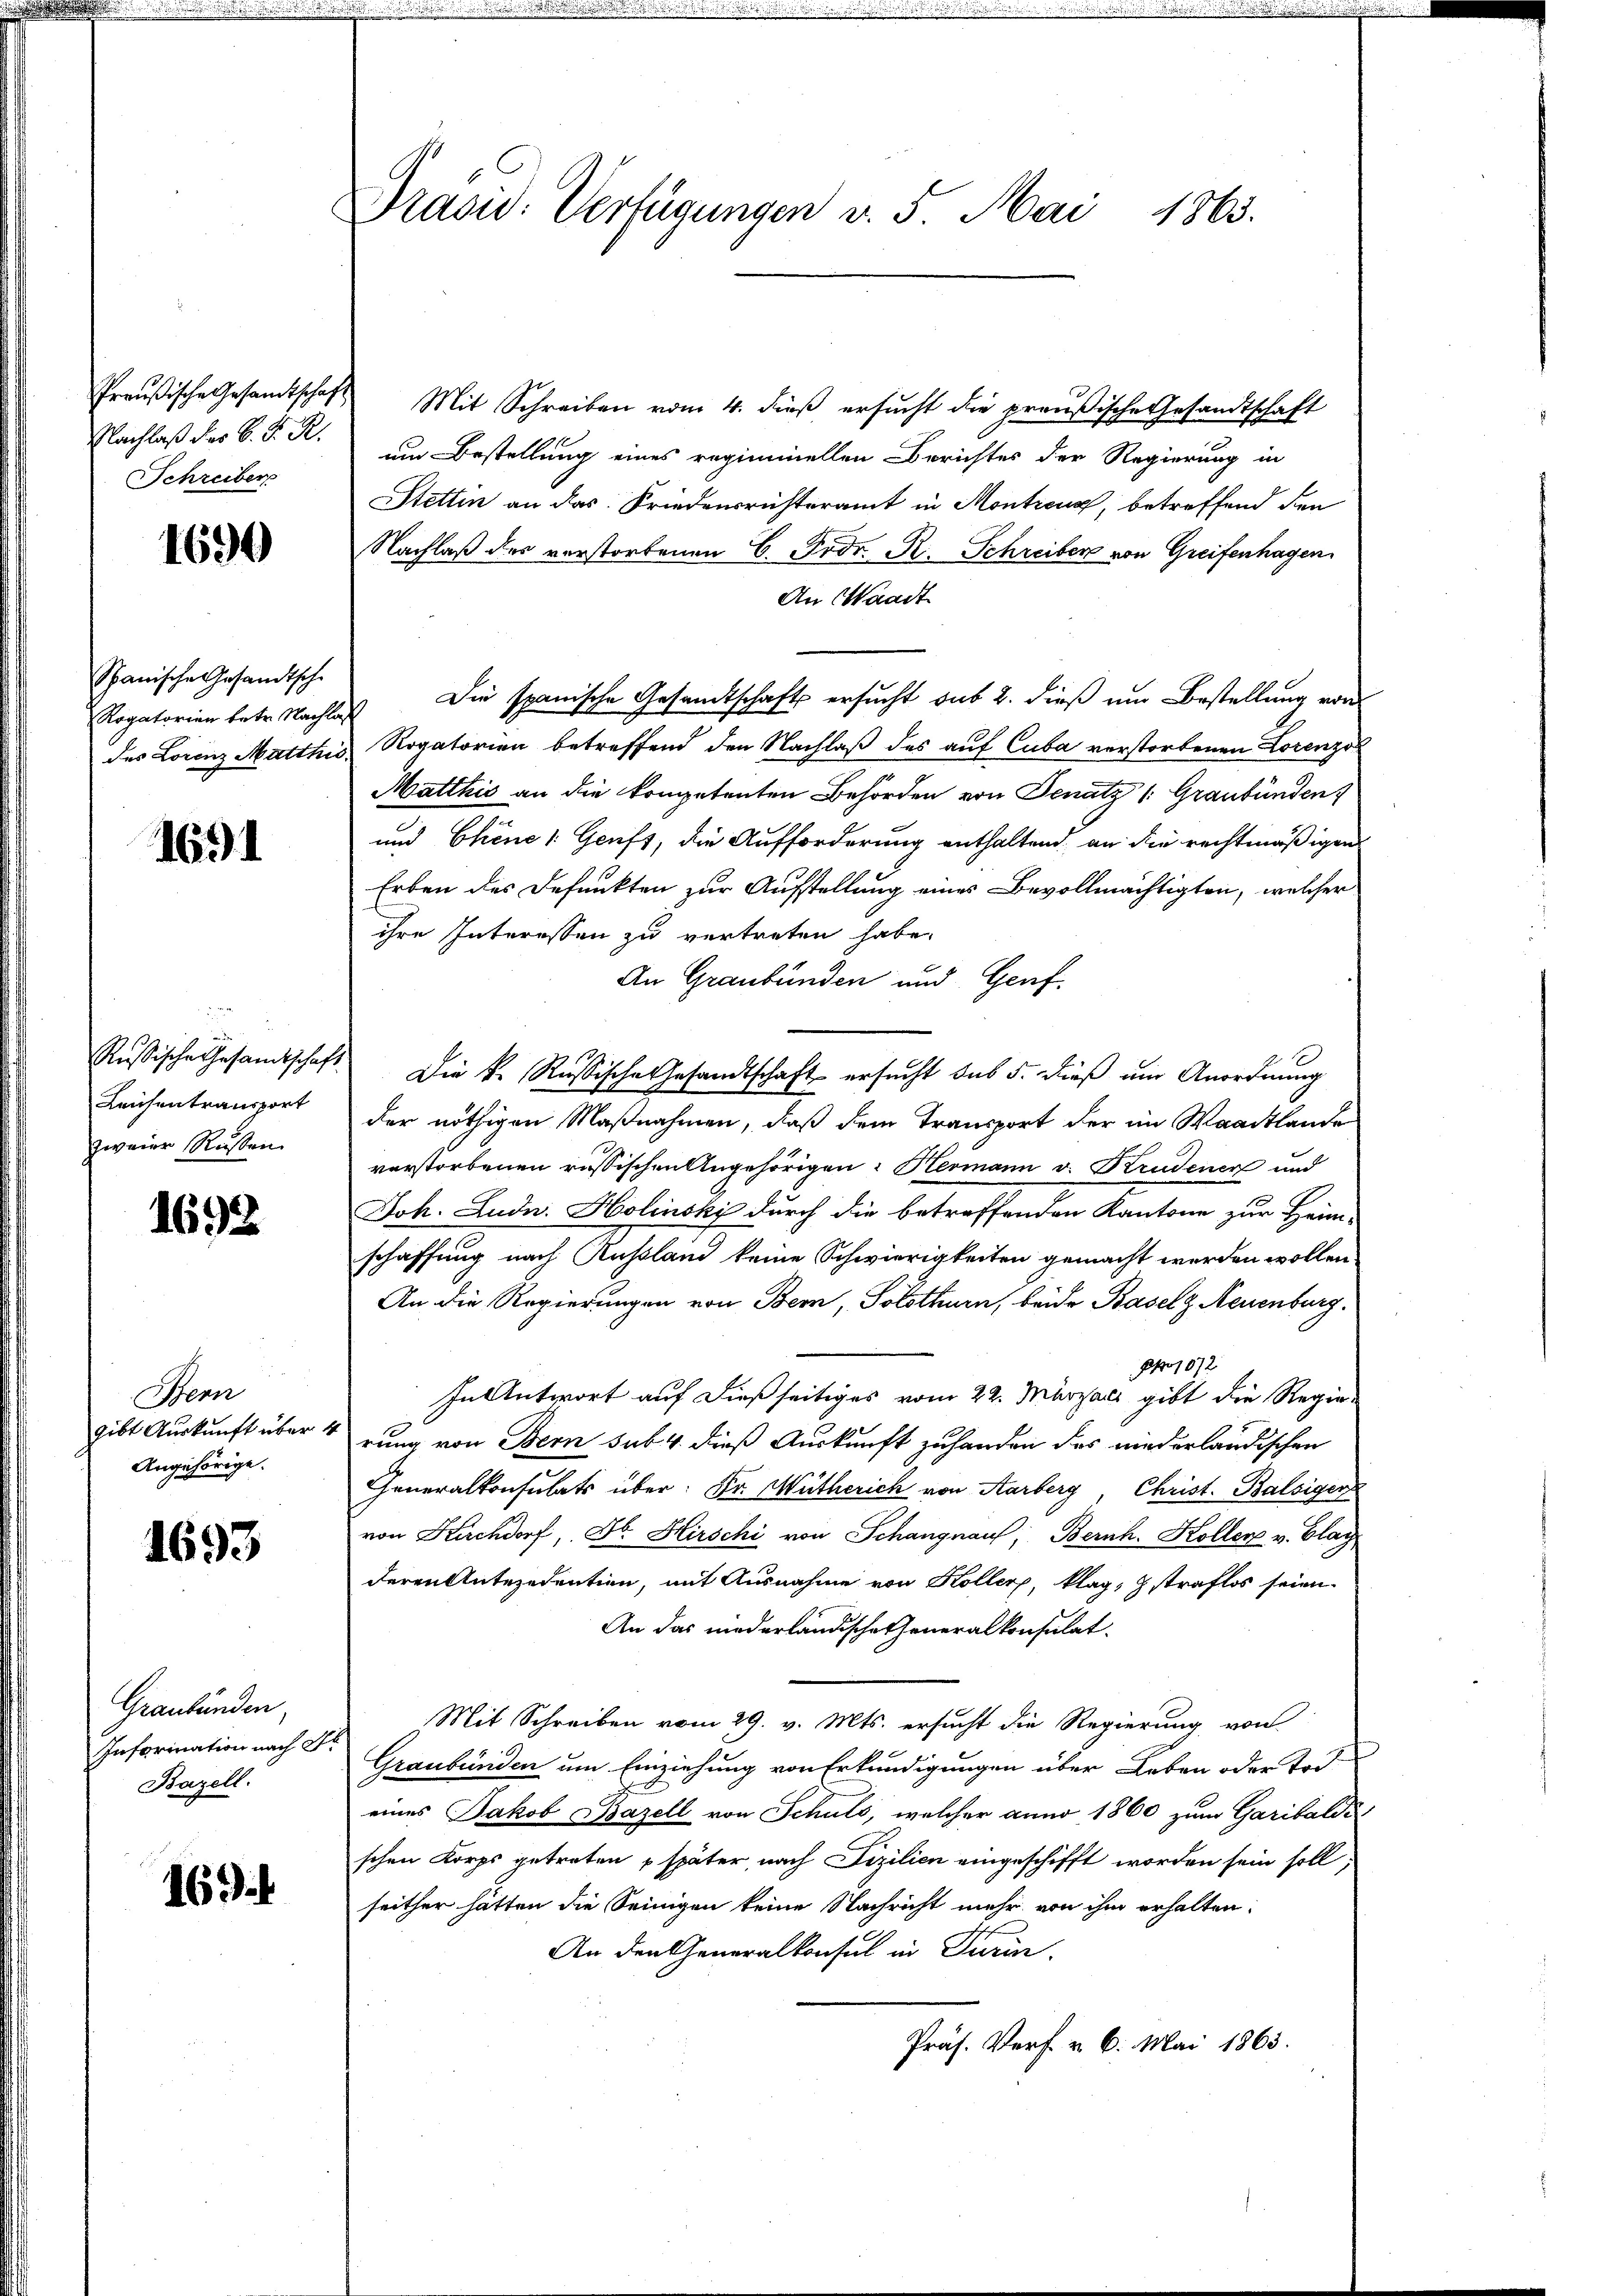
Preußische Gesandtschaft
Nachlaß das K. K. R.
Schreiber

1690

Spanische Gesandtsche
Rogatorien betr. Nachlag
des Lorenz Matthis

1691

Russische Gesamtschaf
Leichen transport
zweier Russen

1692

Benn
gibt Auskunft über
Angehörige.

1693

Graubünden
Information nach St
Bazell.

163.

Prasd: Verfügungen v. 5. Mai 1865.

Mit Schreiben vom 4. dieß ersucht die preußische Gesandtschaft
um Bestellung eines regiminellen Berichtes der Regierung in
Stettin an das Friedensrichteramt in Montreng, betreffend den
Nachlaß des verstorbenen C. Frdr. R. Schreiben von Greifenhagen
An Waadt
 Die spanische Gesandtschafts ersucht aus 2. dieß um Bestellung von
Rogatorien betreffend den Nachlaß des auf Cuba verstorbenen Lorenzol
Matthis an die kompetenten Behörden von Senatz /: Graubünden
und Chine /: Genft, die Aufforderung enthaltend, an die rechtmäßigen
Erben des Befunkten zur Aufstellung eines Bevollmächtigten, welcher
ihre Interessen zu vertreten habe.
An Graubünden und Genf.
Die k. Russische Gesandtschaft ersucht sub 5. dieß um Anordnung
der nöthigen Maßnahmen, daß dem Transport der im Waadtlande
verstorbenen russischen Angehörigen: Hermann v. Krudener und
Joh. Ludn. Holinski durch die betreffenden Kantone zur Heim-
schaffung nach Russland keine Schwierigkeiten gemacht werden wollen
An die Regierungen von Bern, Solothurn, beide Basel z Neuenburg.
pro 1872
In Antwort auf dießseitiges vom 22. Märzalt gibt die Regie-
rung von Bern sub. 4. dieß Auskunft zu handen das niederländischen
Generalkonsulats über: Dr. Wütherich von Aarberg, Christ. Balsiger
von Kirchdorf, Dr. Hirschi von Schangnau, Bernh. Koller v. Blag
deren Unteredentien, mit Ausnahme von Koller, klag, straflos seien
An das niederländische Generalkonsulat.
Mit Schreiben vom 29. v. Mts. ersucht die Regierung von
Graubünden um Einziehung von Erkundigungen über Leben oder Tod
eines Jakob Bazell von Schuls, welcher anno 1860 zum Garibaldi
schen Korps getreten später nach Fizilien eingeschifft worden sein soll,
seither hätten die Seinigen keine Nachricht mehr von ihm erhalten.
An den Generalkonsul in Turin
Präs. Verf. v. 6. Mai 1863.